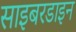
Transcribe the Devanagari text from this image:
साइबरडाइन